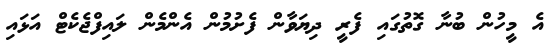
އެ މީހުން ބުނާ ގޮތުގައި ފެރީ ދިޔަވާން ފެށުމުން އެންމެން ލައިފްޖެކެޓް އަޅައި